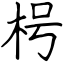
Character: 枵